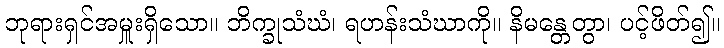
ဘုရားရှင်အမှူးရှိသော။ ဘိက္ခုသံဃံ၊ ရဟန်းသံဃာကို။ နိမန္တေတွာ၊ ပင့်ဖိတ်၍။